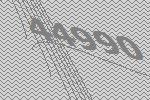
44990